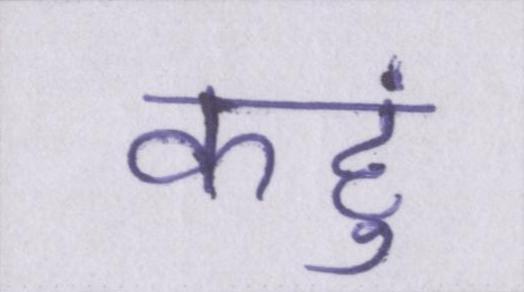
कहुं